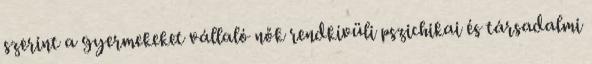
szerint a gyermekeket vállaló nők rendkívüli pszichikai és társadalmi